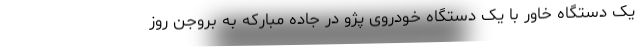
یک دستگاه خاور با یک دستگاه خودروی پژو در جاده مبارکه به بروجن روز